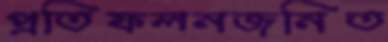
প্রতিফলনজনিত